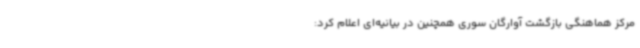
مرکز هماهنگی بازگشت آوارگان سوری همچنین در بیانیه‌ای اعلام کرد:‌